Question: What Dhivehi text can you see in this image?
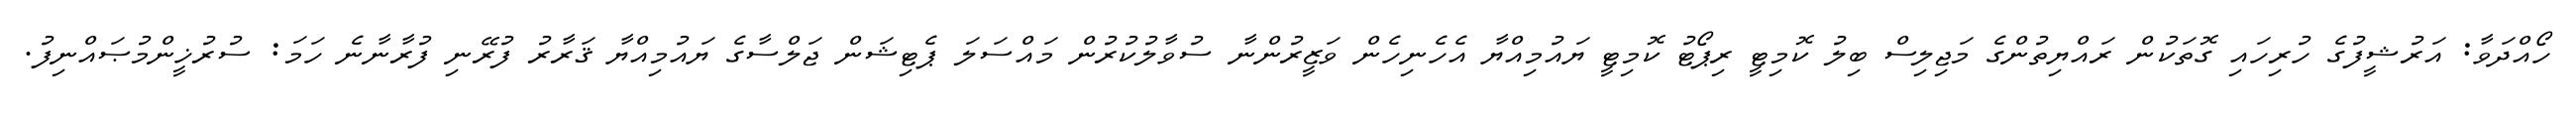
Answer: ހޯއްދަވާ: އަރުޝީފުގެ ހުރިހައި ގޮތަކުން ރައްޔިތުންގެ މަޖިލިސް ބިލު ކޮމިޓީ ރިޕޯޓު ކޮމިޓީ ޔައުމިއްޔާ އެހެނިހެން ވަޒީރުންނާ ސުވާލުކުރުން މައްސަލަ ޕެޓިޝަން ޖަލްސާގެ ޔައުމިއްޔާ ޤަރާރު ފުރޭނި ފުރާނާނެ ހަމަ: ސުރުޚީންމުޞައްނިފު.